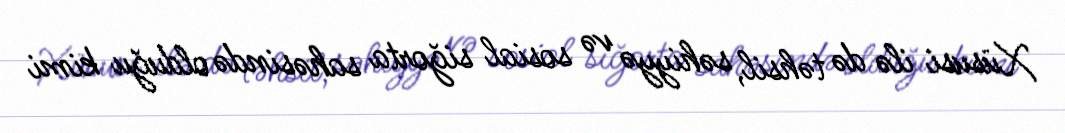
Xüsusi ilə də təhsil, səhiyyə və sosial siğorta sahəsində olduğu kimi